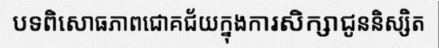
បទពិសោធភាពជោគជ័យក្នុងការសិក្សាជូននិស្សិត